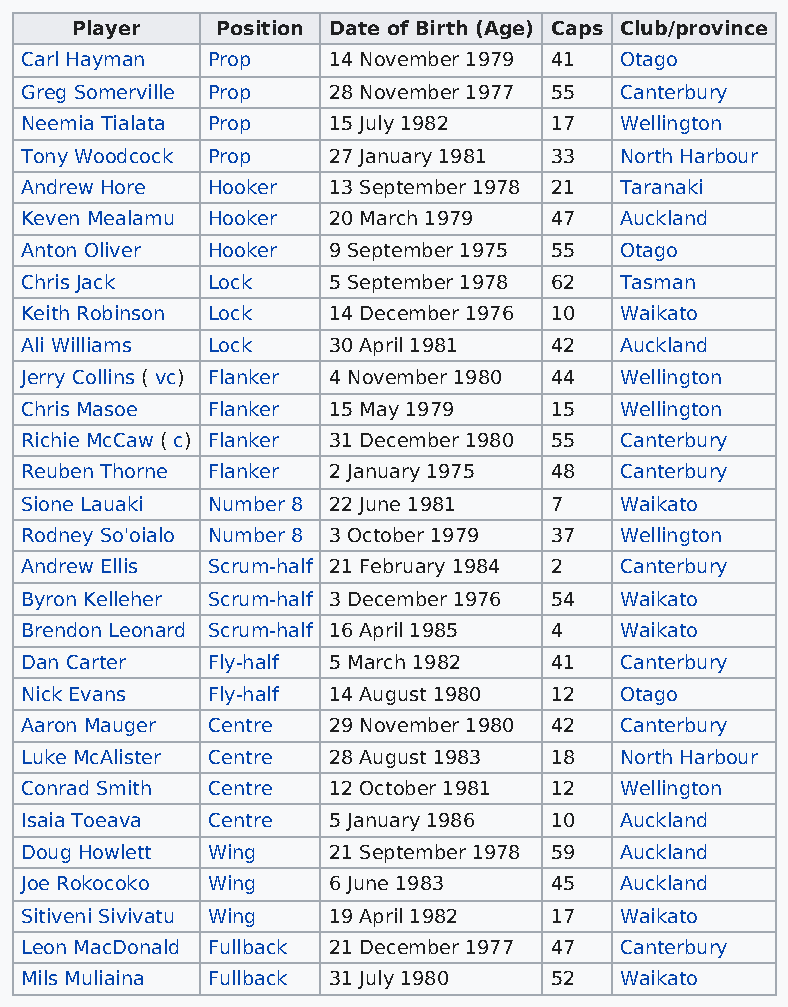
Player   Position Date of Birth (Age) Caps Club/province
 Carl Hayman  Prop    14 November 1979 41 Otago
 Greg Somerville Prop 28 November 1977 55 Canterbury
 Neemia Tialata Prop  15 July 1982  17   Wellington
 Tony Woodcock Prop   27 January 1981 33 North Harbour
 Andrew Hore  Hooker  13 September 1978 21 Taranaki
 Keven Mealamu Hooker 20 March 1979 47   Auckland
 Anton Oliver Hooker  9 September 1975 55 Otago
 Chris Jack   Lock    5 September 1978 62 Tasman
 Keith Robinson Lock  14 December 1976 10 Waikato
 Ali Williams Lock    30 April 1981 42   Auckland
 Jerry Collins ( vc) Flanker 4 November 1980 44 Wellington
 Chris Masoe  Flanker 15 May 1979   15   Wellington
 Richie McCaw ( c) Flanker 31 December 1980 55 Canterbury
 Reuben Thorne Flanker 2 January 1975 48 Canterbury
 Sione Lauaki Number 8 22 June 1981 7    Waikato
 Rodney So'oialo Number 8 3 October 1979 37 Wellington
 Andrew Ellis Scrum-half 21 February 1984 2 Canterbury
 Byron Kelleher Scrum-half 3 December 1976 54 Waikato
 Brendon Leonard Scrum-half 16 April 1985 4 Waikato
 Dan Carter   Fly-half 5 March 1982 41   Canterbury
 Nick Evans   Fly-half 14 August 1980 12 Otago
 Aaron Mauger Centre  29 November 1980 42 Canterbury
 Luke McAlister Centre 28 August 1983 18 North Harbour
 Conrad Smith Centre  12 October 1981 12 Wellington
 Isaia Toeava Centre  5 January 1986 10  Auckland
 Doug Howlett Wing    21 September 1978 59 Auckland
 Joe Rokocoko Wing    6 June 1983   45   Auckland
 Sitiveni Sivivatu Wing 19 April 1982 17 Waikato
 Leon MacDonald Fullback 21 December 1977 47 Canterbury
 Mils Muliaina Fullback 31 July 1980 52  Waikato